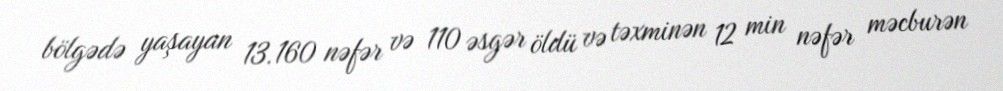
bölgədə yaşayan 13.160 nəfər və 110 əsgər öldü və təxminən 12 min nəfər məcburən